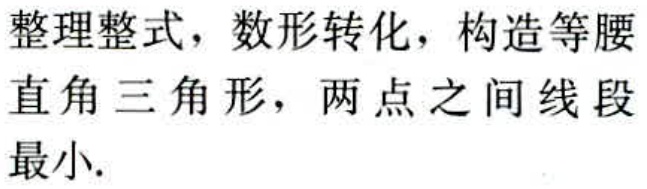
整理整式，数形转化，构造等腰直角三角形，两点之间线段最小.